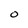
Character: O